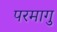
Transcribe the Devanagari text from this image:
परमागु